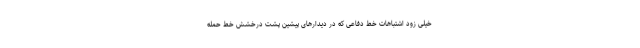
خیلی زود اشتباهات خط دفاعی که در دیدارهای پیشین پشت درخشش خط حمله